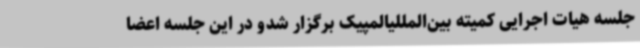
جلسه هیات اجرایی کمیته بین‌المللیالمپیک برگزار شدو در این جلسه اعضا